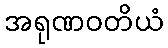
အရုဏဝတိယံ